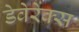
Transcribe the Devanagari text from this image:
डेवेरेक्स